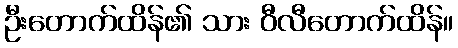
ဦးတောက်ထိန်၏ သား ဝီလီတောက်ထိန်။